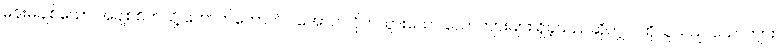
မိန်းမချစ်သော အချစ်စိတ်သို့ ကောက်ကောက်ပါအောင် လိုက်သွားသော ယောက်ျားများ ရှိခဲ့သည်ဆိုလျှင် ထိုသူသည် ယောက်ျား